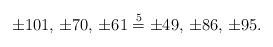
LaTeX: \begin{align*}\pm 101,\, \pm 70,\, \pm 61 \stackrel{5}{=} \pm 49,\, \pm 86,\, \pm 95.\end{align*}